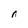
Character: n